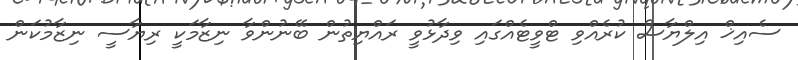
ސެއިޚް އިލްޔާސް ކުރެއްވި ޓްވީޓެއްގައި ވިދާޅުވީ ރައްޔިތުން ބޭނުންވާ ނިޒާމަކީ ރިޔާސީ ނިޒާމުކަން